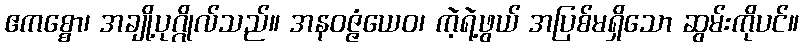
ဧကစ္စော၊ အချို့ပုဂ္ဂိုလ်သည်။ အနဝဇ္ဇံယေဝ၊ ကဲ့ရဲ့ဖွယ် အပြစ်မရှိသော ဆွမ်းကိုပင်။